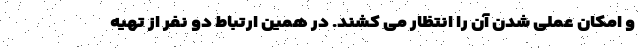
و امکان عملی شدن آن را انتظار می کشند. در همین ارتباط دو نفر از تهیه